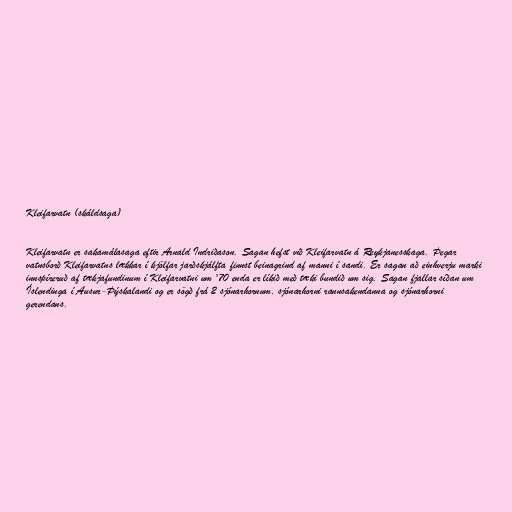
Kleifarvatn (skáldsaga)

Kleifarvatn er sakamálasaga eftir Arnald Indriðason. Sagan hefst við Kleifarvatn á Reykjanesskaga. Þegar
vatnsborð Kleifarvatns lækkar í kjölfar jarðskjálfta finnst beinagrind af manni í sandi. Er sagan að einhverju marki
innspíreruð af tækjafundinum í Kleifarvatni um '70 enda er líkið með tæki bundið um sig. Sagan fjallar síðan um
Íslendinga í Ausur-Þýskalandi og er sögð frá 2 sjónarhornum, sjónarhorni rannsakendanna og sjónarhorni
gerendans.